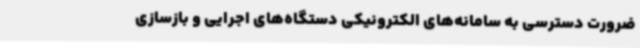
ضرورت دسترسی به سامانه‌های الکترونیکی دستگاه‌های اجرایی و بازسازی